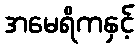
အမေရိကနှင့်